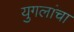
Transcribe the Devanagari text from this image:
युगलांचा